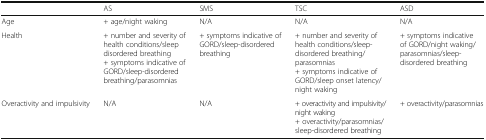
<table><thead><tr><td></td><td><b>AS</b></td><td><b>SMS</b></td><td><b>TSC</b></td><td><b>ASD</b></td></tr></thead><tbody><tr><td>Age</td><td>+ age/night waking</td><td>N/A</td><td>N/A</td><td>N/A</td></tr><tr><td>Health</td><td>+ number and severity of health conditions/sleep disordered breathing+ symptoms indicative of GORD/sleep-disordered breathing/parasomnias</td><td>+ symptoms indicative of GORD/sleep-disordered breathing</td><td>+ number and severity of health conditions/sleep-disordered breathing/parasomnias+ symptoms indicative of GORD/sleep onset latency/night waking</td><td>+ symptoms indicative of GORD/night waking/parasomnias/sleep-disordered breathing</td></tr><tr><td>Overactivity and impulsivity</td><td>N/A</td><td>N/A</td><td>+ overactivity and impulsivity/night waking+ overactivity/parasomnias/ sleep-disordered breathing</td><td>+ overactivity/parasomnias</td></tr></tbody></table>